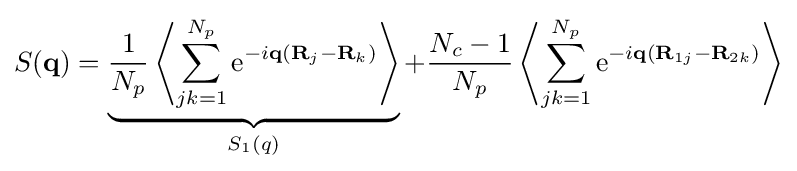
S(\mathbf {q} )=\underbrace {{\frac {1}{N_{p}}}\left\langle \sum _{jk=1}^{N_{p}}\mathrm {e} ^{-i\mathbf {q} (\mathbf {R} _{j}-\mathbf {R} _{k})}\right\rangle } _{S_{1}(q)}+{\frac {N_{c}-1}{N_{p}}}\left\langle \sum _{jk=1}^{N_{p}}\mathrm {e} ^{-i\mathbf {q} (\mathbf {R} _{1j}-\mathbf {R} _{2k})}\right\rangle